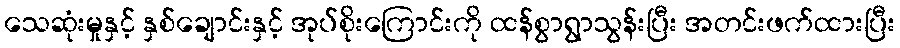
သေဆုံးမှုနှင့် နှစ်ချောင်းနှင့် အုပ်စိုးကြောင်းကို ထန်စွာရွာသွန်းပြီး အတင်းဖက်ထားပြီး